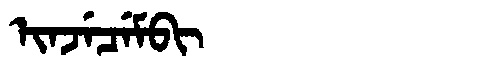
Manchu: ᡳᠨᠵᡝᠴᡝᠮᠪᡳ
Romanization: INJECEMBI